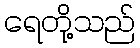
ရေတို့သည်